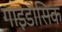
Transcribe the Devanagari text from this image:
गाइडोसिक